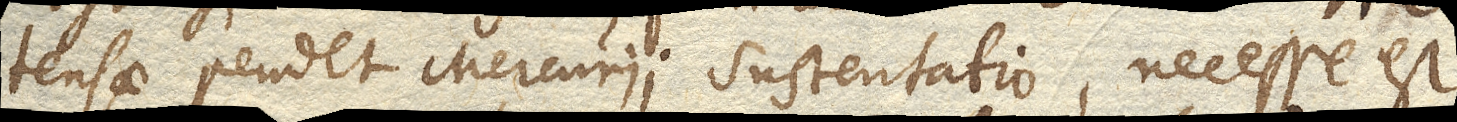
tensae pendet Mercurii sustentatio, necesse est